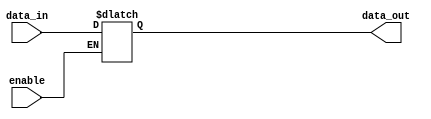
module buffer_enable(
    input wire data_in,
    input wire enable,
    output reg data_out
);

always @ (data_in, enable)
begin
    if(enable)
        data_out = data_in;
end

endmodule